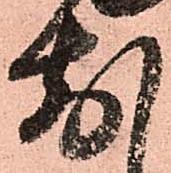
前